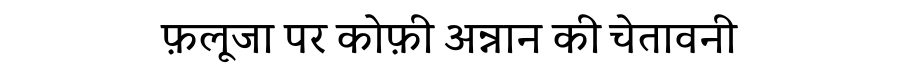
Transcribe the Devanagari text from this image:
फ़लूजा पर कोफ़ी अन्नान की चेतावनी